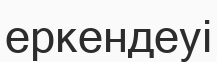
еркендеуі